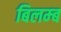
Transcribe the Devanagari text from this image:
बिलम्‍ब